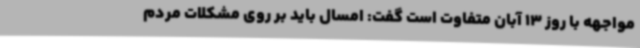
مواجهه با روز 13 آبان متفاوت است گفت: امسال باید بر روی مشکلات مردم